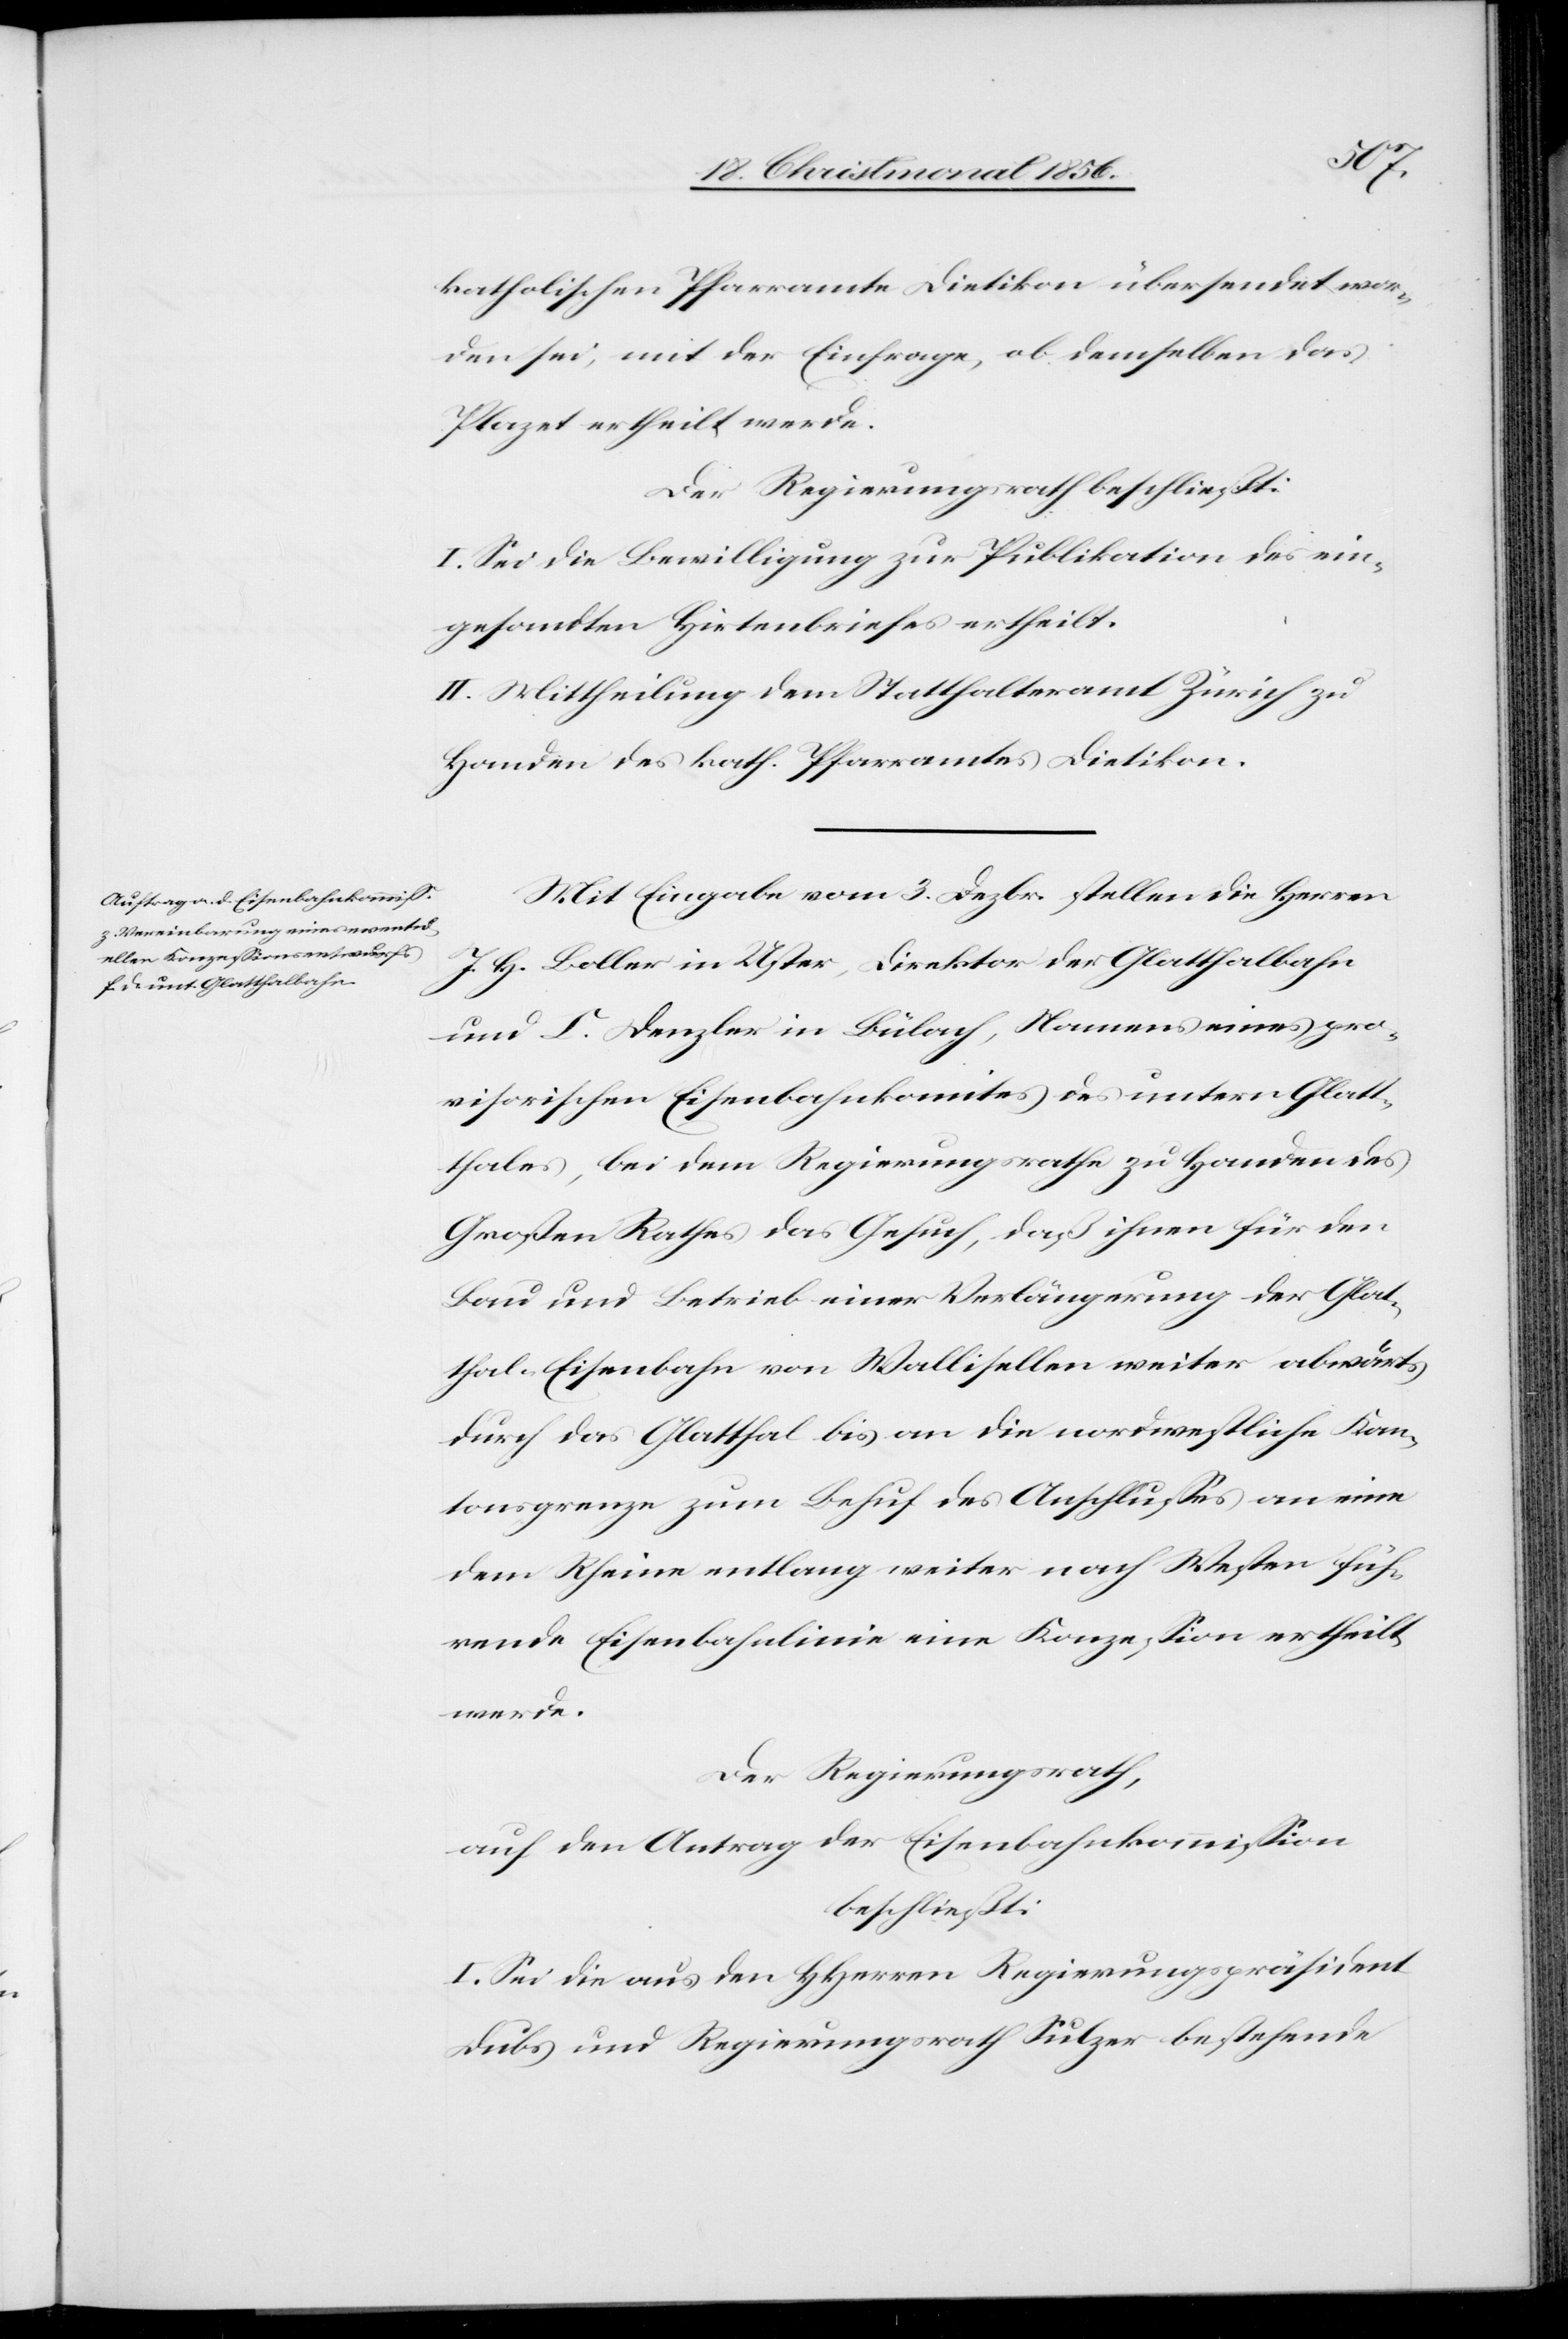
katholischen Pfarramte Dietikon übersendet wor¬
den sei, mit der Einfrage, ob demselben das
Plazet ertheilt werde.
Der Regierungsrath beschließt:
I. Sei die Bewilligung zur Publikation des ein¬
gesandten Hirtenbriefes ertheilt.
II. Mittheilung dem Statthalteramt Zürich zu
Handen des kath. Pfarramtes Dietikon.
Mit Eingabe vom 3. Dezbr. stellen die Herren
J. H. Boller in Uster, Direktor der Glatthalbahn
und C. Denzler in Bülach, Namens eines pro¬
visorischen Eisenbahnkomites des untern Glat¬
thales bei dem Regierungsrath zu Handen des
Großen Rathes das Gesuch, daß ihnen für den
Bau und Betrieb einer Verlängerung der Glat¬
thal-Eisenbahn von Wallisellen weiter abwärts
durch das Glatthal bis an die nordwestliche Kan¬
tonsgrenze zum Behuf des Anschlusses an eine
dem Rheine entlang weiter nach Westen füh¬
rende Eisenbahnlinie eine Konzession ertheilt
werde.
Der Regierungsrath,
auf den Antrag der Eisenbahnkommission
beschließt:
I. Sei die aus den HHerren Regierungspräsident
Dubs und Regierungsrath Sulzer bestehende